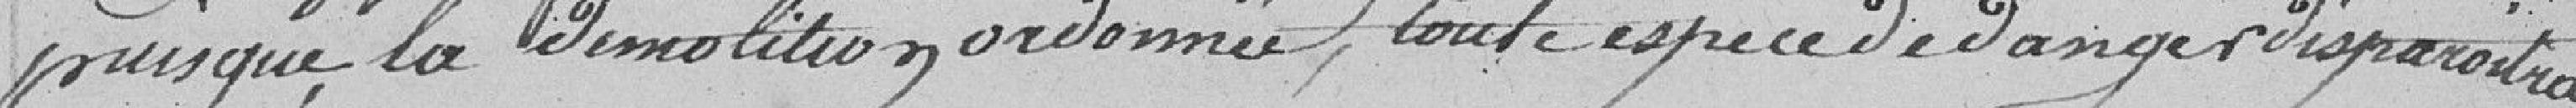
puisque la démolition ordonnée, toute espèce de danger disparaîtra